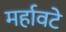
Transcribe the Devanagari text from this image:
मर्हावटे